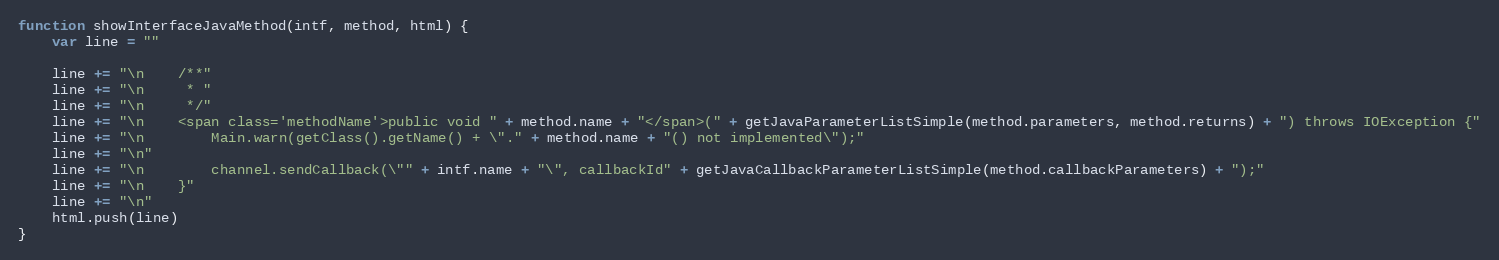
Language: JavaScript
function showInterfaceJavaMethod(intf, method, html) {
    var line = ""

    line += "\n    /**"
    line += "\n     * "
    line += "\n     */"
    line += "\n    <span class='methodName'>public void " + method.name + "</span>(" + getJavaParameterListSimple(method.parameters, method.returns) + ") throws IOException {"
    line += "\n        Main.warn(getClass().getName() + \"." + method.name + "() not implemented\");"
    line += "\n"
    line += "\n        channel.sendCallback(\"" + intf.name + "\", callbackId" + getJavaCallbackParameterListSimple(method.callbackParameters) + ");"
    line += "\n    }"
    line += "\n"
    html.push(line)
}